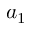
a _ { 1 }